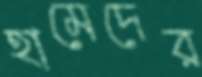
হামেদের